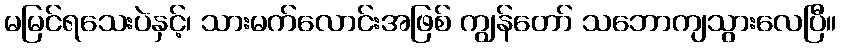
မမြင်ရသေးပဲနှင့်၊ သားမက်လောင်းအဖြစ် ကျွန်တော် သဘောကျသွားလေပြီ။